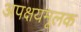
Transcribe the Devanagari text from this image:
अपक्षयमूलक